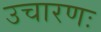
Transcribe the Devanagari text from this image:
उचारणः